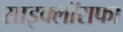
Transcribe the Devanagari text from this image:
साइक्लॉराफा